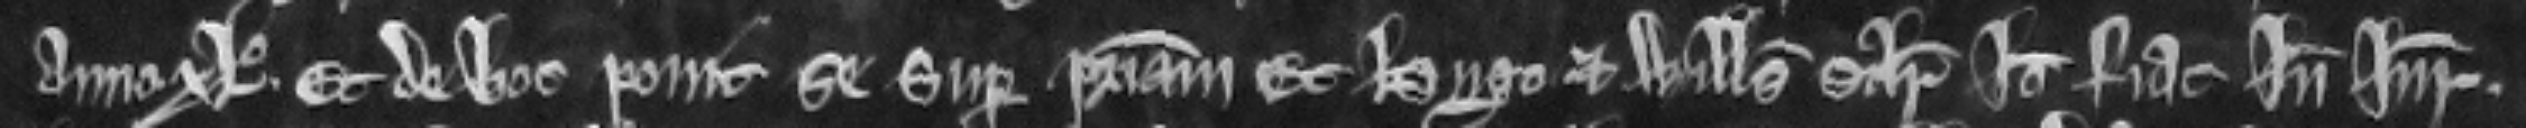
anno xIo. Et de hoc ponit se super patriam. Et Hugo et Willelmus similiter. Ideo fiat inde jurata.